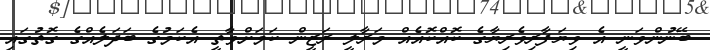
ބޭނުންވަނީ އެ ވިޔަފާރިވެރިޔާގެ ކޮއްކޮއެއް މަރާލީ ރަޒީން ކަމަށްވާތީ އެކަމުގެ ބަދަލެއްގެ ގޮތުގައި